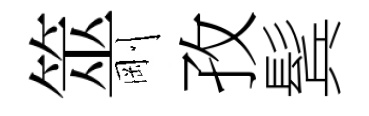
筮剛孜鬂